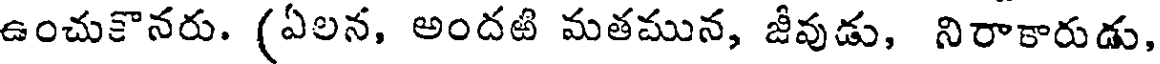
ఉంచుకొనరు. (ఏలన, అందటి మతమున, జీవుడు, నిరాకారుడు,